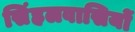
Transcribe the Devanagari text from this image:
सिंहलवासियों